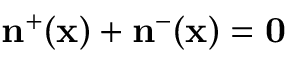
\mathbf { n } ^ { + } ( \mathbf { x } ) + \mathbf { n } ^ { - } ( \mathbf { x } ) = \mathbf { 0 }